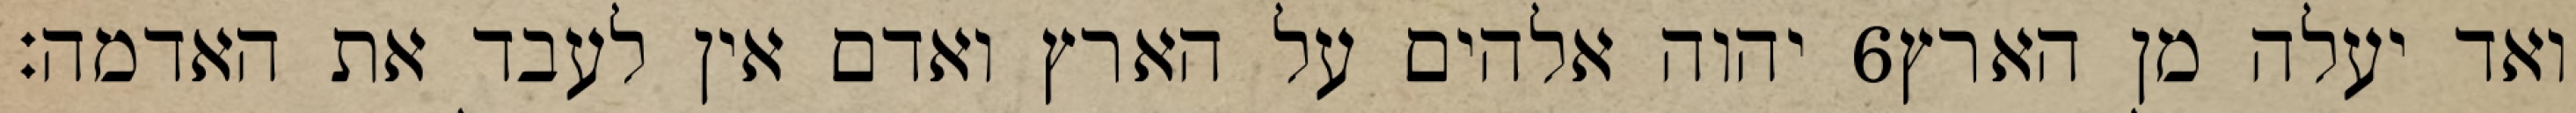
יהוה אלהים על הארץ ואדם אין לעבד את האדמה׃ ‎6‏ ואד יעלה מן הארץ